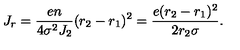
J _ { r } = { \frac { e n } { 4 \sigma ^ { 2 } J _ { 2 } } } ( r _ { 2 } - r _ { 1 } ) ^ { 2 } = { \frac { e ( r _ { 2 } - r _ { 1 } ) ^ { 2 } } { 2 r _ { 2 } \sigma } } .